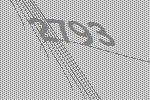
2793